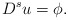
\begin{align*}D^s u=\phi.\end{align*}